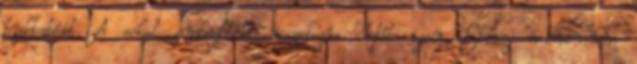
buktatóit. A sokat emlegetett összefogás. Hát igen. Ehhez minimum